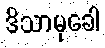
ဒိသာမုခေါ